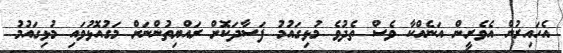
އެހައިރުން އެވެރީން އަނެއްކާ ވެސް ތެދުވެ މުޅިގައުމު ފަސާދަކޮށް ރައްޔިތުންނަށް މަގުއޮޅުވައި މުޅިގައުމު